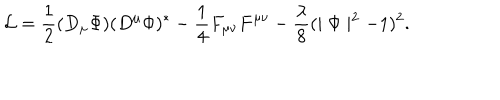
{ \cal L } = \frac { 1 } { 2 } ( D _ { \mu } \Phi ) ( D ^ { \mu } \Phi ) ^ { * } - \frac { 1 } { 4 } F _ { \mu \nu } F ^ { \mu \nu } - \frac { \lambda } { 8 } ( \mid \Phi \mid ^ { 2 } - 1 ) ^ { 2 } .